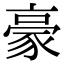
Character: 豪